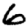
Digit: 6